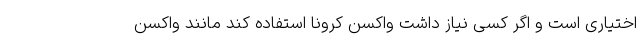
اختیاری است و اگر کسی نیاز داشت واکسن کرونا استفاده کند مانند واکسن